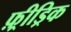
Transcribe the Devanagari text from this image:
फ़्रीड्रिक